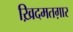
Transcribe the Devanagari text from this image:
ख़िदमतग़ार